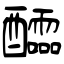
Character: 醽